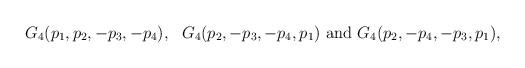
LaTeX: \begin{align*}G_4(p_1,p_2,-p_3,-p_4), \ \ G_4(p_2,-p_3,-p_4,p_1) \ {\rm and} \ G_4(p_2,-p_4,-p_3,p_1),\end{align*}